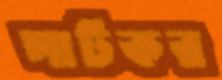
পাটকর